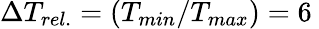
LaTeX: \Delta T_{rel.}=\left(T_{min}/T_{max}\right)=6\